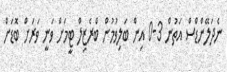
ނެދަލޭންޑްސް އަތުން 3-0 އިން ބަލިވުމުން ބްރެޒިލް ޓީމަށް ވަނީ ވަރަށް ބޮޑަށް